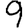
Digit: 9